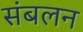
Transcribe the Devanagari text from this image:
संबलन